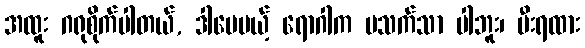
အထူး ဂရုစိုက်ပါတယ်, ဒါပေမယ့် ရောဂါက မသက်သာ ပါဘူး၊ မီးရထား